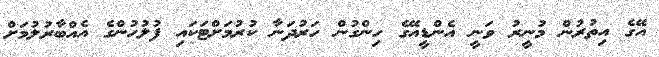
އޭގެ އިތުރުން މުނީރު ވަނީ އެންޑީއޭގެ ހިންގުން ހަރުދަނާ ކުރުމަށްޓަކައި ފުލުހުންގެ އެއްބާރުލުމަށް